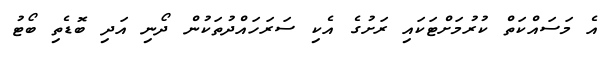
އެ މަސައްކަތް ކުރުމަށްޓަކައި ރަށުގެ އެކި ސަރަހައްދުތަކުން ދޯނި އަދި ބޮޑެތި ބޯޓު